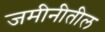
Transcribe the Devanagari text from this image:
जमीनीतील